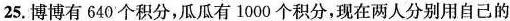
25. 博博有640'个积分，瓜瓜有1000个积分，现在两人分别用自己的